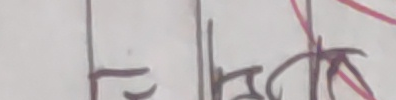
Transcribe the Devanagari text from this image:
रेत्र